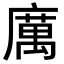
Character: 𭙿